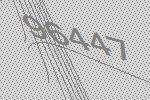
96447